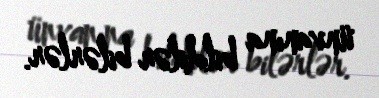
ünvanına bildilər bilərlər.